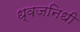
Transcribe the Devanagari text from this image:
ध्वजनिधी